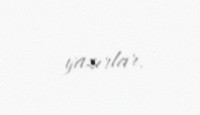
yazırlar.